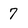
Character: 7